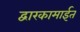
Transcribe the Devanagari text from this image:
द्वारकामाईत